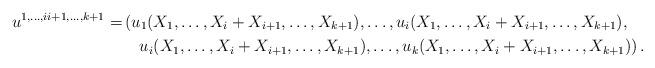
LaTeX: \begin{align*}\begin{aligned}u^{1,\dots,i i+1,\dots,k+1}=&\left(u_1(X_1,\dots,X_i+X_{i+1},\dots,X_{k+1}),\dots,u_i(X_1,\dots,X_i+X_{i+1},\dots,X_{k+1}),\right.\\&\phantom{=}\left.u_i(X_1,\dots,X_i+X_{i+1},\dots,X_{k+1}),\dots,u_k(X_1,\dots,X_i+X_{i+1},\dots,X_{k+1})\right).\end{aligned}\end{align*}